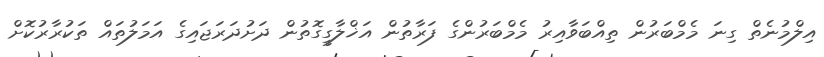
އިލްމުނެތް ގިނަ މެމްބަރުން ތިއްބަވާއިރު މެމްބަރުންގެ ފަރާތުން އަޚްލާގީގޮތުން ދަށުދަރަޖައިގެ އަމަލުތައް ތަކުރާރުކޮށް